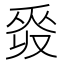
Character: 𠭡